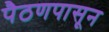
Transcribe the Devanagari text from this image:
पैठणपासून